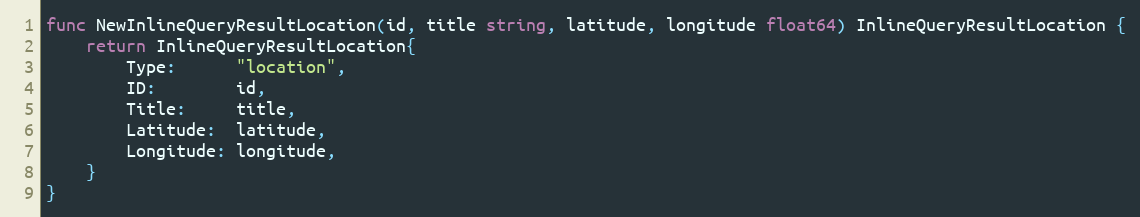
Language: Go
func NewInlineQueryResultLocation(id, title string, latitude, longitude float64) InlineQueryResultLocation {
	return InlineQueryResultLocation{
		Type:      "location",
		ID:        id,
		Title:     title,
		Latitude:  latitude,
		Longitude: longitude,
	}
}